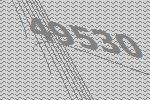
49530